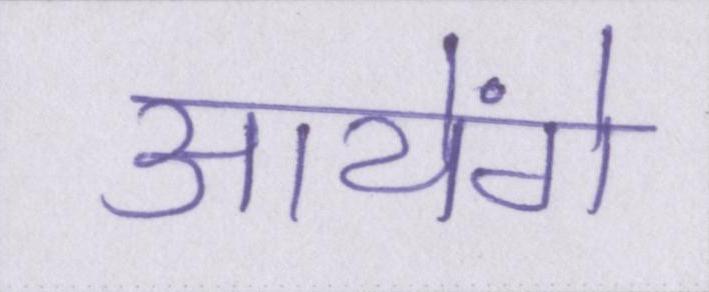
आयेंगे